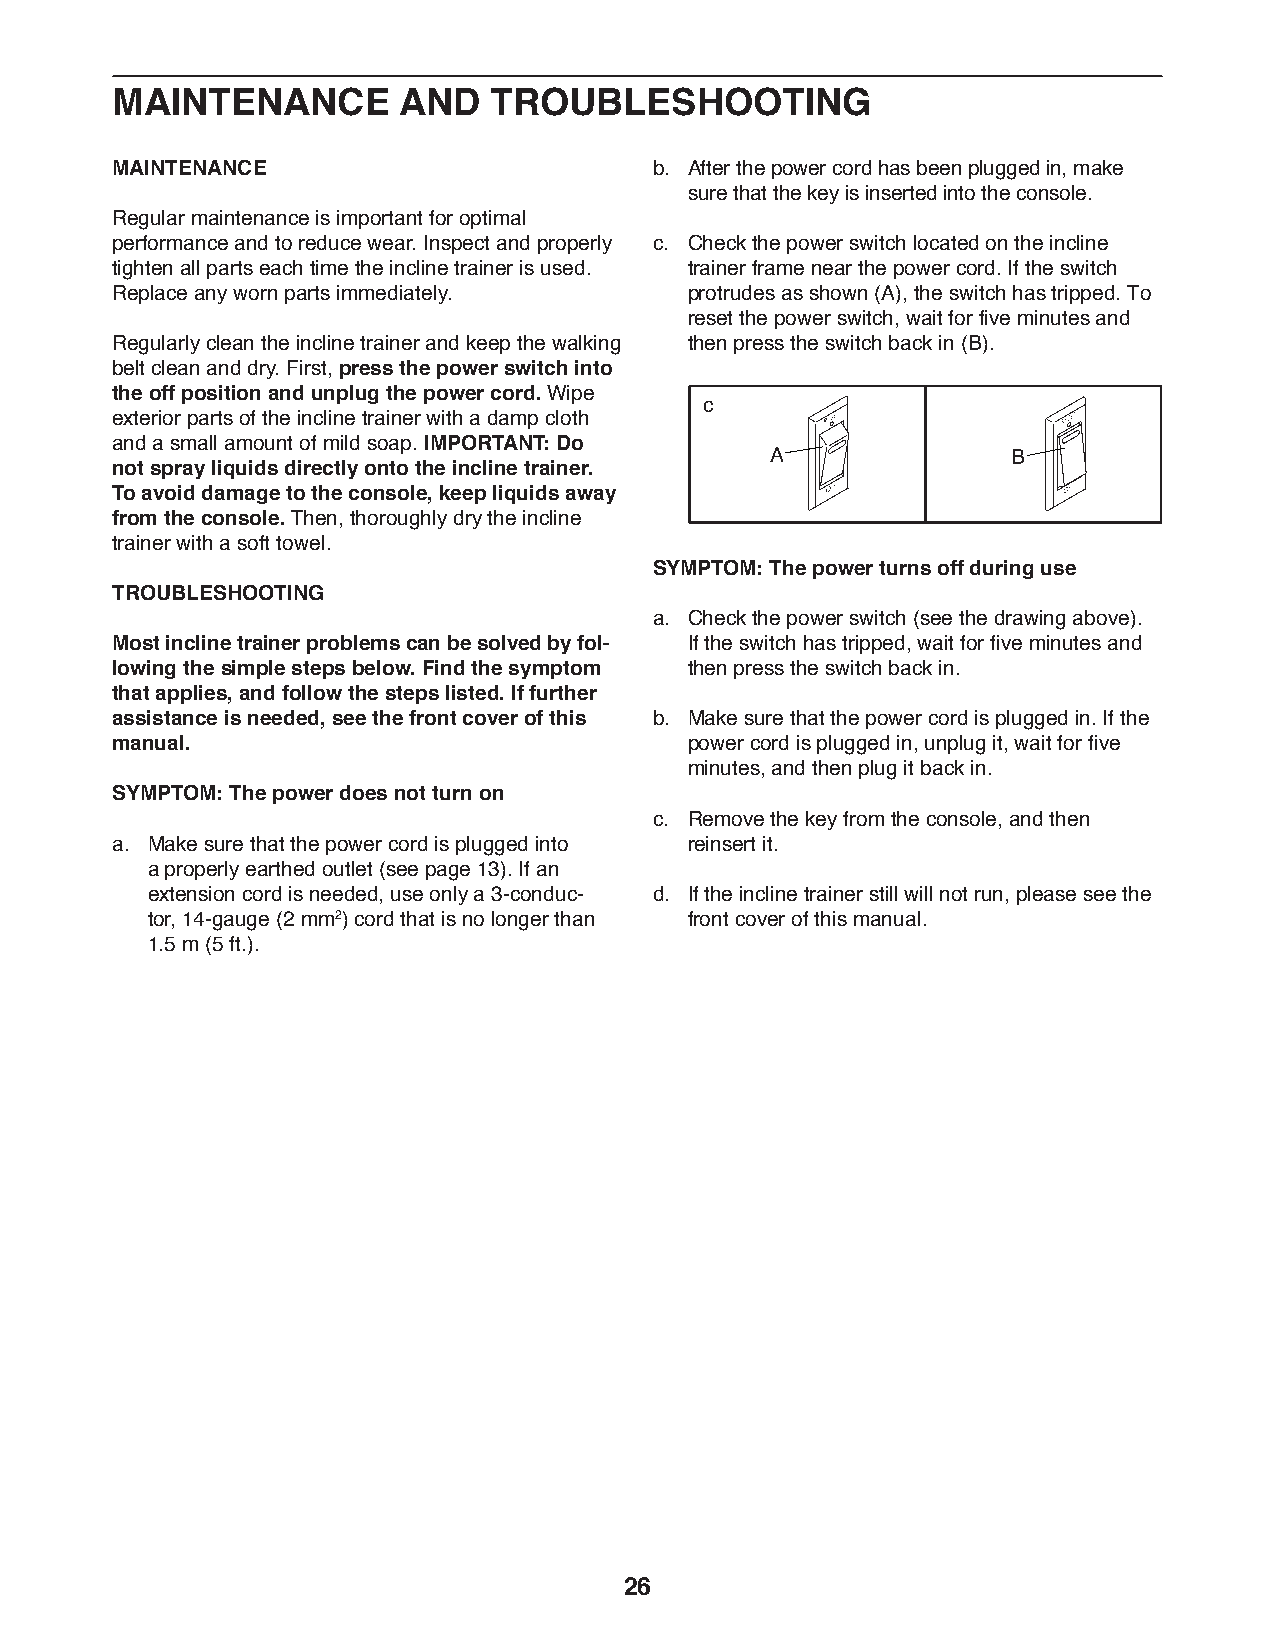
MAINTENANCE        AND   TROUBLESHOOTING
 MAINTENANCE                         b. A fter the power cord has been plugged in, make
 sure that the key is inserted into the console.
 Regular maintenance is important for optimal
 performance and to reduce wear. Inspect and properly c. C heck the power switch located on the incline
 tighten all parts each time the incline trainer is used. trainer frame near the power cord. If the switch
 Replace any worn parts immediately.    protrudes as shown (A), the switch has tripped. To
 reset the power switch, wait for five minutes and
 Regularly clean the incline trainer and keep the walking then press the switch back in (B).
 belt clean and dry. First, press the power switch into
 the off position and unplug the power cord. Wipe
 c
 exterior parts of the incline trainer with a damp cloth
 and a small amount of mild soap. IMPORTANT: Do
 A               B
 not spray liquids directly onto the incline trainer.
 To avoid damage to the console, keep liquids away
 from the console. Then, thoroughly dry the incline
 trainer with a soft towel.
 SYMPTOM: The power turns off during use
 TROUBLESHOOTING
 a. C heck the power switch (see the drawing above).
 Most incline trainer problems can be solved by fol- If the switch has tripped, wait for five minutes and
 lowing the simple steps below. Find the symptom then press the switch back in.
 that applies, and follow the steps listed. If further
 assistance is needed, see the front cover of this b. M ake sure that the power cord is plugged in. If the
 manual.                                power cord is plugged in, unplug it, wait for five
 minutes, and then plug it back in.
 SYMPTOM: The power does not turn on
 c. R emove the key from the console, and then
 a. M ake sure that the power cord is plugged into reinsert it.
 a properly earthed outlet (see page 13). If an
 extension cord is needed, use only a 3-conduc- d. I f the incline trainer still will not run, please see the
 tor, 14-gauge (2 mm2) cord that is no longer than front cover of this manual.
 1.5 m (5 ft.).
 26